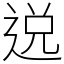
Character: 𨓚